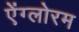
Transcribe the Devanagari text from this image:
ऐंग्लोरम